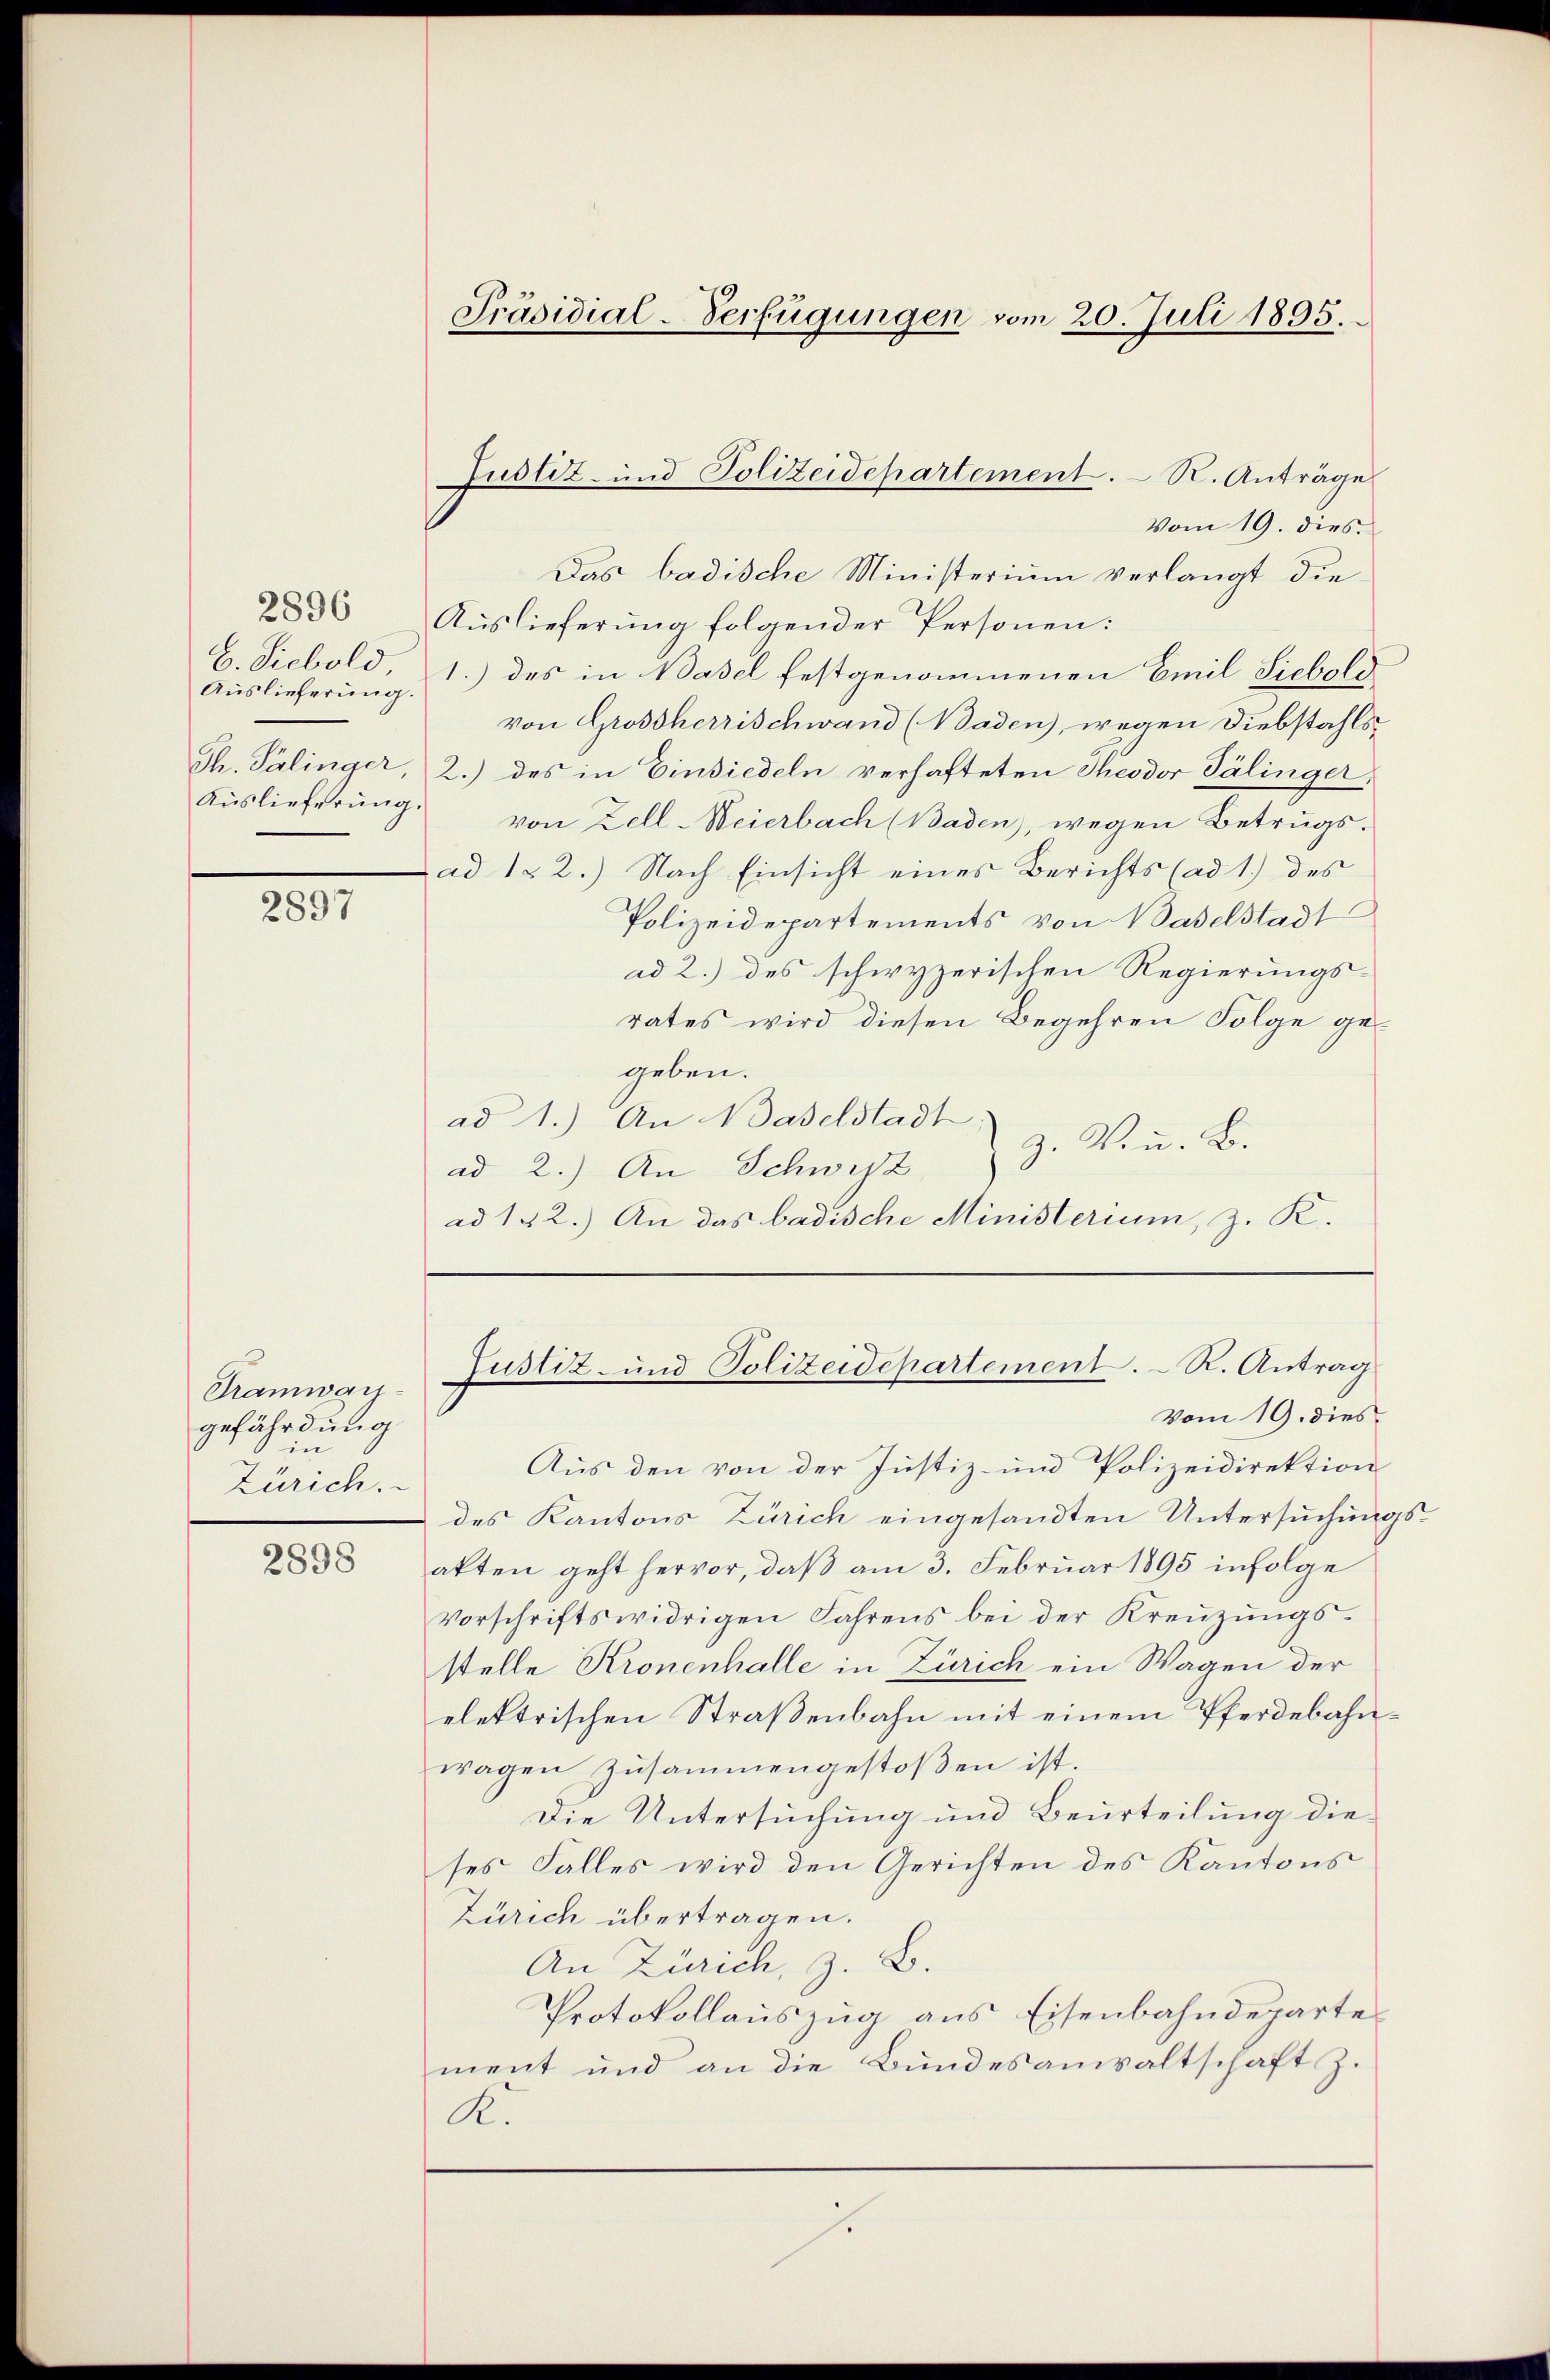
2896
C. Siebold,
Auslieferung.

2897

Tramwaygefährdung
in
Zürich.

2898

Vom 19. dies
Das badische Ministerium verlangt die
Auslieferung folgender Personen:
1.) des in Basel festgenommenen Emil Siebold
von Grossherrischwand (Baden, wegen Diebstahls
Th. Palinger, 2.) des in Einsiedeln verhafteten Theodor Tälinger,
Auslieferung von Zell-Weierbach (Baden), wegen Betrugs-
ad 122.) Nach Einsicht eines Berichts (ad 1.) des
Polizeidepartements von Baselstadt
ad 2.) des schwyzerischen Regierungs-
rates wird diesen Begehren Folge gegeben.
ad 1.) An Waselstadt;
z. V. u. B.
ad 2.) An Schwist
ad 122.) An das badische Ministerium, z. K.

Präsidial-Verfügungen vom 20. Juli 1895.

Justiz- und Polizeidepartement. R. Anträge

Justiz- und Polizeidepartement. R. Antrag
Vom 19. dies

Aus den von der Justiz- und Polizeidirektion
des Kantons Zürich eingesandten Untersuchungsakten geht hervor, daß am 3. Februar 1895 infolge
vorschriftswidrigen Jahrens bei der Kreuzungsstelle Kronenhalle in Zürich ein Wagen der
elektrischen Straßenbahn mit einem Pferdebahnwagen zusammengestoßen ist.
Die Untersuchung und Beurteilung die
ses Falles wird den Gerichten des Kantons
Zürich übertragen.
An Zürich, z. B.
Protokollauszug aus Eisenbahndeparte
ment und an die Bundesanwaltschaft z.
K.